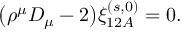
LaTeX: \bigl ( \rho ^ { \mu } D _ { \mu } - 2 \bigr ) \xi _ { 1 2 A } ^ { ( s , 0 ) } = 0 .